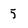
Character: 5